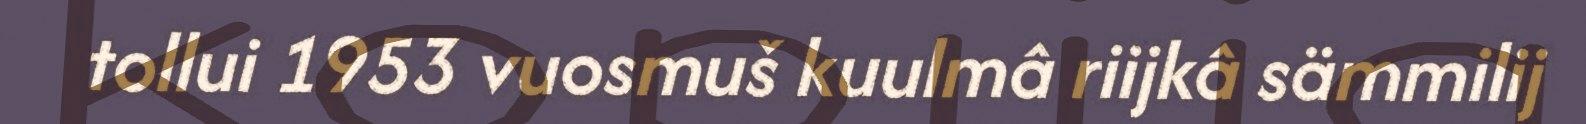
tollui 1953 vuosmuš kuulmâ riijkâ sämmilij